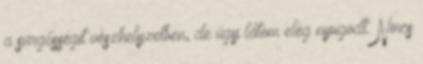
a sürgősségit vészhelyzetben, de úgy látom elég nyugodt. Nincs